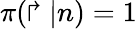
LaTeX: \pi(\Rsh|n)=1